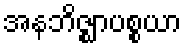
အနဘိဇ္ဈာပစ္စယာ